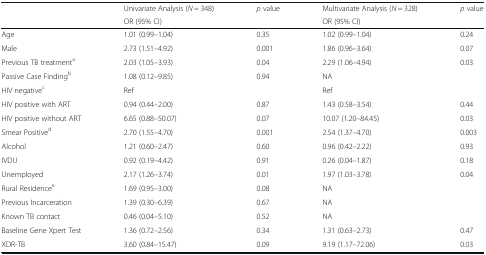
<table><thead><tr><td rowspan="2"></td><td><b>Univariate Analysis (<i>N</i> = 348)</b></td><td rowspan="2"><b><i>p</i> value</b></td><td><b>Multivariate Analysis (<i>N</i> = 328)</b></td><td rowspan="2"><b><i>p</i> value</b></td></tr><tr><td><b>OR (95% CI)</b></td><td><b>OR (95% CI)</b></td></tr></thead><tbody><tr><td>Age</td><td>1.01 (0.99–1.04)</td><td>0.35</td><td>1.02 (0.99–1.04)</td><td>0.24</td></tr><tr><td>Male</td><td>2.73 (1.51–4.92)</td><td>0.001</td><td>1.86 (0.96–3.64)</td><td>0.07</td></tr><tr><td>Previous TB treatment<sup>a</sup></td><td>2.03 (1.05–3.93)</td><td>0.04</td><td>2.29 (1.06–4.94)</td><td>0.03</td></tr><tr><td>Passive Case Finding<sup>b</sup></td><td>1.08 (0.12–9.85)</td><td>0.94</td><td>NA</td><td></td></tr><tr><td>HIV negative<sup>c</sup></td><td>Ref</td><td></td><td>Ref</td><td></td></tr><tr><td>HIV positive with ART</td><td>0.94 (0.44–2.00)</td><td>0.87</td><td>1.43 (0.58–3.54)</td><td>0.44</td></tr><tr><td>HIV positive without ART</td><td>6.65 (0.88–50.07)</td><td>0.07</td><td>10.07 (1.20–84.45)</td><td>0.03</td></tr><tr><td>Smear Positive<sup>d</sup></td><td>2.70 (1.55–4.70)</td><td>0.001</td><td>2.54 (1.37–4.70)</td><td>0.003</td></tr><tr><td>Alcohol</td><td>1.21 (0.60–2.47)</td><td>0.60</td><td>0.96 (0.42–2.22)</td><td>0.93</td></tr><tr><td>IVDU</td><td>0.92 (0.19–4.42)</td><td>0.91</td><td>0.26 (0.04–1.87)</td><td>0.18</td></tr><tr><td>Unemployed</td><td>2.17 (1.26–3.74)</td><td>0.01</td><td>1.97 (1.03–3.78)</td><td>0.04</td></tr><tr><td>Rural Residence<sup>e</sup></td><td>1.69 (0.95–3.00)</td><td>0.08</td><td>NA</td><td></td></tr><tr><td>Previous Incarceration</td><td>1.39 (0.30–6.39)</td><td>0.67</td><td>NA</td><td></td></tr><tr><td>Known TB contact</td><td>0.46 (0.04–5.10)</td><td>0.52</td><td>NA</td><td></td></tr><tr><td>Baseline Gene Xpert Test</td><td>1.36 (0.72–2.56)</td><td>0.34</td><td>1.31 (0.63–2.73)</td><td>0.47</td></tr><tr><td>XDR-TB</td><td>3.60 (0.84–15.47)</td><td>0.09</td><td>9.19 (1.17–72.06)</td><td>0.03</td></tr></tbody></table>